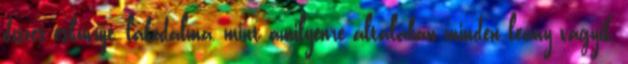
díszes esküvűje, lakodalma, mint amilyenre általában minden leány vágyik,